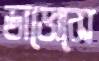
ডাভোসে